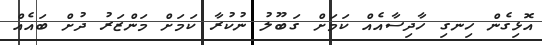
އޮޅިގެން ހިނގި ހާދިސާއެއް ކަމަށް ގަބޫލު ނުކުރާ ކަމަށް މަންޒަރު ދުށް ބައެއް